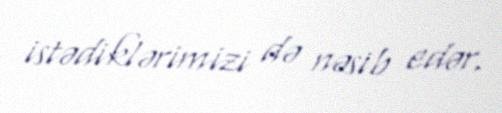
istədiklərimizi də nəsib edər.